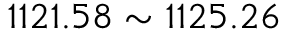
1 1 2 1 . 5 8 \sim 1 1 2 5 . 2 6